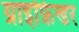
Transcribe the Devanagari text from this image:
ग्राइफ़िन्डर